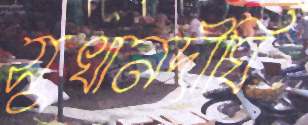
সুখানদীঘি